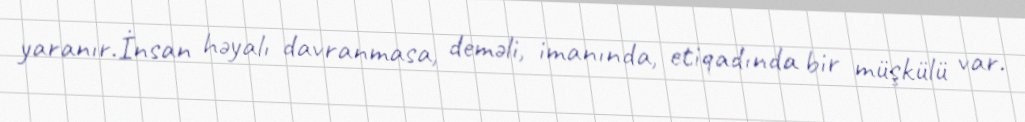
yaranır.İnsan həyalı davranmasa, deməli, imanında, etiqadında bir müşkülü var.